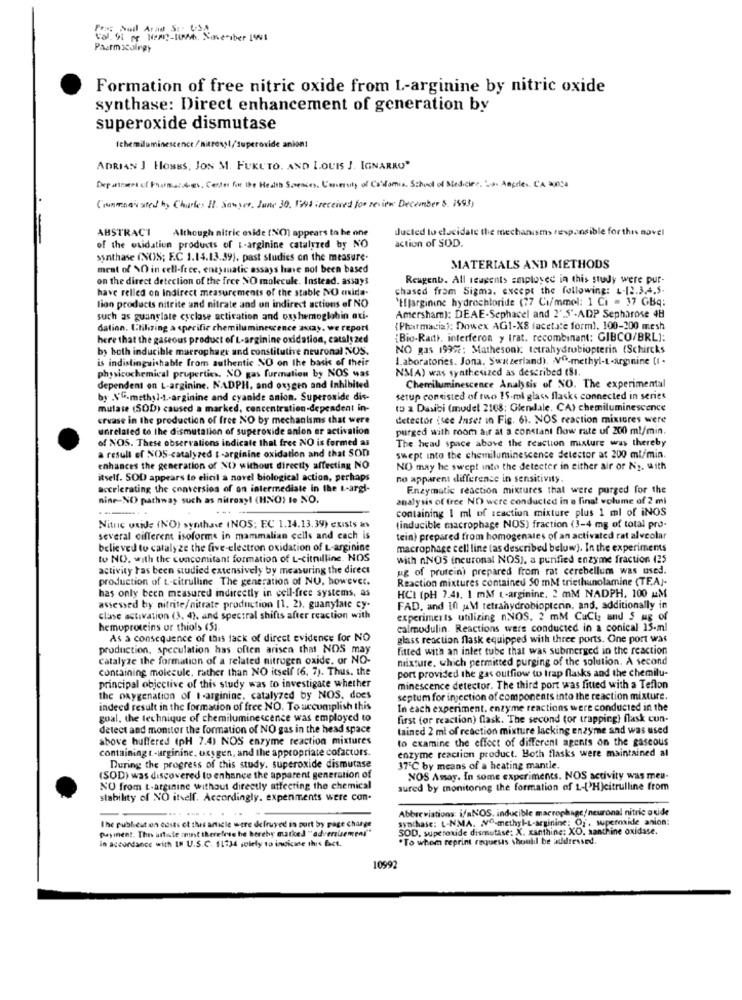
Foss Suil Arad S: USA
Paarmicalrey
Formation of free nitric oxide from L-arginine by nitric oxide
synthase: Direct enhancement of generation by
superoxide dismutase
Ichemiluminescence/nitrossl/superoxide anion:
ADRIAN J HONBS, JON M. FUKUTO, AND LOUIS J. IGNARRO"
Department of Pharmacdet. Center for the Health Sciences. L'enversity of Coldomia. School of Medicine, Los Angeles, CA 900:4
Cumming' sted hy Charles Il. Sawyer, June 30. 1% ;received for review December 8. 1593)
ABSTRACT
Although nitric oxide (NC) appears to be one
Jucted to elucidale the mechanisms responsible for this novel
of the oxidation products of L-arginine catalyzed by NO
action of SOD.
sonthase (NOS; F.C 1.14.13.39), past studies on the measure-
meat of YO in cell-free, enzymatic assays have not been based
MATERIALS AND METHODS
on the direct detection of the free NO molecule. Instead. assays
Reagent. All reagents Employed in this study were pur-
have relled on indirect measurements of the stable NO avida-
chased from Sigma, except the following: L-12.3.4.5.
`tjarginine hydrochloride (77 Co/mmel: 1 Ci = 37 GBq:
lion products nitrite and nitrate and on indirect actions of NO
such as guanglate cyclase activation and oxshemoglobin oxi-
Amersham): DEAE-Sephacel and 2'.5'-ADP Sepharose 4H
dation. Utilizing a specific chemiluminescence axcay, we report
{Pharmacia): Dowex AG1-X8 facetate form), 100-200 mesh
here that the gaseous product of L-arginine oxidation, catalyzed
[Bio-Radth, interferon y trat. recombinant: GIBCO/BRL]:
by both inducible macrophage and constitutive neuronal NOS.
NO gas 19992: Mathesonk: tetrahydrobiopterin (Schircks
is indistinguishable from authentic NO on the basis of their
Laboratories. Jona. Switzerland). Vº-methyl-L-arginine [t .
NMA) was synthesized as described (SI.
physicochemical properties. NO gas formation by NOS was
dependent on L-arginine. NADPH, and oxygen and Inhibited
Chemiluminescence Analysis of NO. The experimental
by NG-methyl-1 .- arginine and cyanide anion. Superoxide dis-
setup consisted of mao 15.ml glass flaske connected in series
mutase (SOD) caused a marked, concentration-dependent in-
to 2 Dasibi (model 2108; Glendale. CA) chemiluminescence
Ervase in the production of free NO by mechanisms that were
detector (see Inser in Fig. 61. NOS reaction mixtures were
unrelated to the dismutation of superoxide anion er activation
purged with room air at a constant flow rate uf 200 ml/min.
of NOS. These observations indicate that free NO is formed as
The head space above the reaction mixture was thereby
a result of NOS-catalyzed &-arginine oxidation and that SOD
swept into the chemiluminescence detector at 200 ml/min.
enhances the generation of NO without directly affecting NO
NO may he swept into the detecter in either air or No. with
itself. SOD appears to elicil a novel biological action, perhaps
no apparent difference in sensitivity.
accelerating the conversion of an intermediate in the L-argi-
Enzymatic reaction mixtures that were purged for the
nine-NO pathway such as nitroxyl (HNO) to NO.
analysis of free NO were conducted in a final volume of 2 ml
containing 1 ml of scaction mixture plus 1 ml of iNOS
Nitric oxide (NO) synthawe (NOS; EC 1.14.13.39) exists as
(inducible macrophage NOS) fraction (3-4 mg of total pro-
several different isoforms in mammalian cells and cach is
tein) prepared from homogenates of an activated rat alveolar
believed to catalyze the five-electron oxidation of L-arginine
macrophage cell line (as described below). In the experiments
to NO. with the concomitant formation of L-citnilline. NOS
with nNOS (neuronal NOS), a purified enzyme fraction 425
activity has been studied extensively by measuring the direct
ug of prufein) prepared from rat cerebellum was used.
production of t-citrulline The generation of NU, however.
Reaction mixtures contained 50 mM triethanolamine (TE.A)-
has only been measured indirectly in cell-free systems, as
HCI (pH 7.41. 1 må L-arginine. 2 mM NADPH. 100 &M
assessed by nitrite/nitrate production [1. 2), guanylate cy-
FAD, and 10 uM tetrahydrobiopterin, and, additionally in
clase activation (3. 4), and spectral shifts after reaction with
experiments utilizing nNOS. 2'mM CuCl and S ug of
hemoproteins or thiols <51
calmodulin. Reactions were conducted in a conical 15-ml
As a consequence of this lack of direct evidence for NO
glass reaction flask equipped with three ports. One port was
production, speculation has often arisen that NOS may
fitted with an inter tube that was submerged in the reaction
catalyze the formation of a related nitrogen oxide. or NO-
mixture, which permitted purging of the solution. A second
containing molecule, rather than NO itself (6. 7). Thus, the
port provided the gas outfiow wo trap flasks and the chemilu-
principal objective of this study was to investigate whether
minescence detector. The third port was fitted with a Teflon
the oxygenation of I-arginine, catalyzed by NOS. does
septum for injection of components into the reaction mixture.
indeed result in the formation of free NO. To accomplish this
In each experiment. enzyme reactions were conducted in the
goal, the technique of chemiluminescence was employed to
first (or reaction) flask. The second (or trapping) flask con-
detect and monitor the formation of NO gas in the head space
tained 2 ml of reaction mixture lacking enzyme and was used
above buffered (pH 7.4) NOS enzyme reaction mixtures
to examine the effect of different agents on the gaseous
containing t-arginine, oxygen, and the appropriate cofactors.
enzyme reaction product. Both flasks were maintained al
During the progress of this study. superoxide dismutase
175℃ by means of a heating mantle.
(SOD) was discovered to enhance the apparent generation of
NOS Assay. In some experiments. NOS activity was meu-
NO from t-arginine without directly affecting the chemical
sured by monitoring the formation of L-('H)citrulline from
stability of NO itself. Accordingly. experiments were con-
... .
Abbreviations: i/aNOS, inducible macrophage/neuronal nitric oxide
The publicut on costs et this article were defruved in port by page charge
synchase: L-NMA. MO-methyl-L-arginine: Of, supermide anion:
Payment. This article : must therefore he hereby marked "advertisement"
SOD. superoxide dismutase: X. xanthine: XO, santhine oxidase.
in accordance with IN U.S.C. 11234 solely to indicate this fact.
.To whom reprint requests should be addressed.
10992